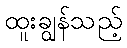
ထူးချွန်သည့်